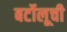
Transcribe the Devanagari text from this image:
बर्टोलूची